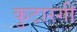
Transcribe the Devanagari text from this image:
कुटारगी